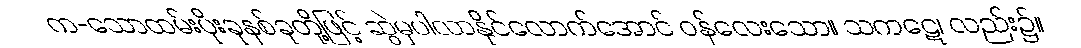
က-သောထမ်းပိုးခုနစ်ခုတို့ဖြင့် ဆွဲမှပါလာနိုင်လောက်အောင် ဝန်လေးသော။ သကဋေ၊ လည်း၌။